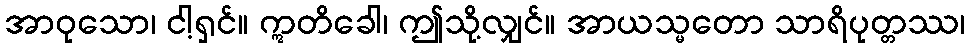
အာဝုသော၊ ငါ့ရှင်။ ဣတိခေါ၊ ဤသို့လျှင်။ အာယသ္မတော သာရိပုတ္တဿ၊